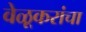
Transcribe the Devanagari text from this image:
वेळूकरांचा